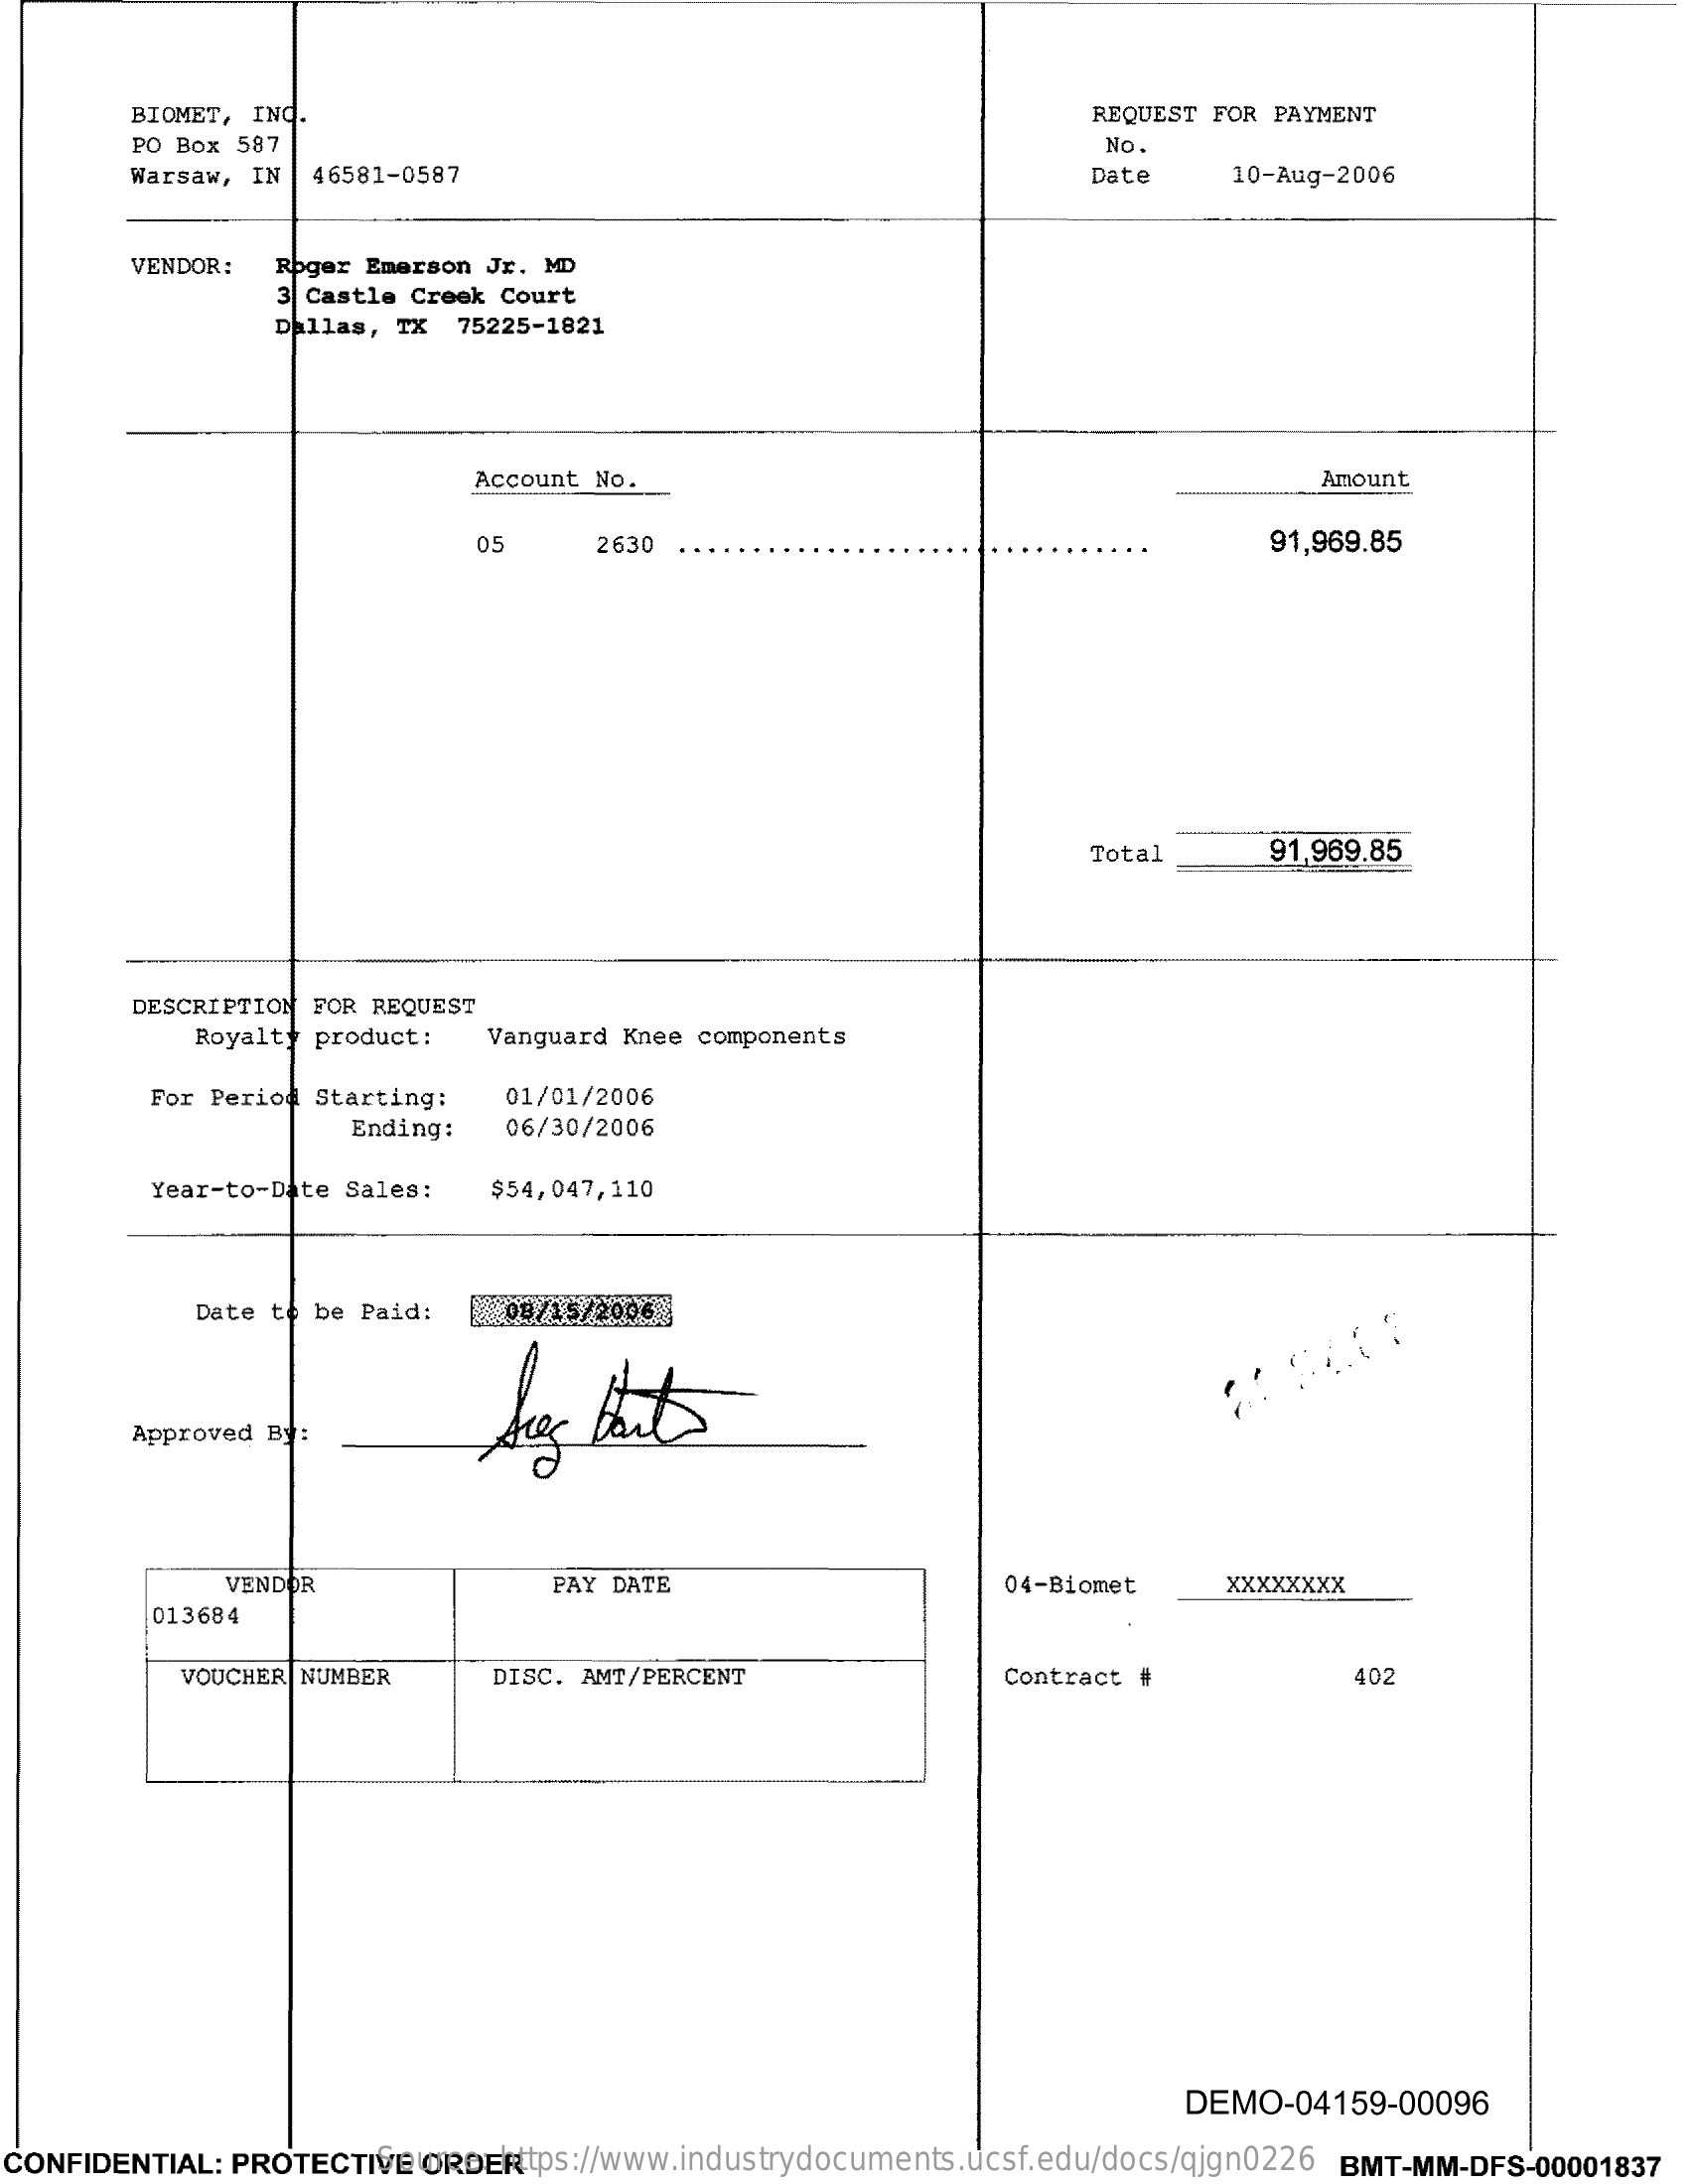
BIOMET, INC.    REQUEST FOR PAYMENT
     PO Box 587    No.
     Warsaw, IN 46581-0587    Date    10-Aug-2006
     VENDOR:  Roger Emerson Jr. MD
     3 Castle Creek Court
     Dallas, TX 75225-1821
     Account No.    Amount
     05    2630    91,969.85
     Total    91,969.85
     DESCRIPTION FOR REQUEST
     Royalty product:   Vanguard Knee components
     For Period Starting:   01/01/2006
     Ending:  06/30/2006
     Year-to-Date Sales:   $54,047,110
     Date to be Paid:   09/15/2006
     free  bort
     Approved By
     VENDOR    PAY DATE    04-Biomet    xxxxXXXX
     013684
     VOUCHER NUMBER    DISC. AMT/PERCENT    Contract #    402
     DEMO-04159-00096
  CONFIDENTIAL: PROTECTIVE ORDER Source: https://www.industrydocuments.ucsf.edu/docs/qjgn0226 BMT-MM-DFS-00001837